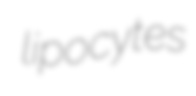
lipocytes